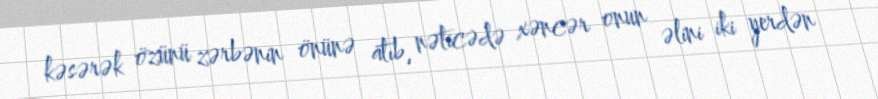
kəsərək özünü zərbənin önünə atıb, nəticədə xəncər onun əlini iki yerdən